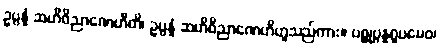
ဥပ္ပန္နံ ဆဟိဝိညာဏေဟီတိ၊ ဥပ္ပန္နံ ဆဟိဝိညာဏေဟိဟူသည်ကား။ ပစ္စုပ္ပန္နရူပမေဝ၊